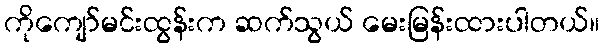
ကိုကျော်မင်းထွန်းက ဆက်သွယ် မေးမြန်းထားပါတယ်။